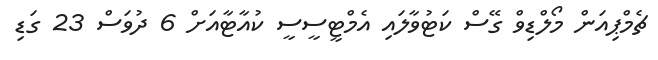
ޗެމްޕިއަން މޯލްޑިވް ގޭސް ކަޓުވާލައި އެމްޓީސީސީ ކުއާޓާއަށް 6 ދުވަސް 23 ގަޑި